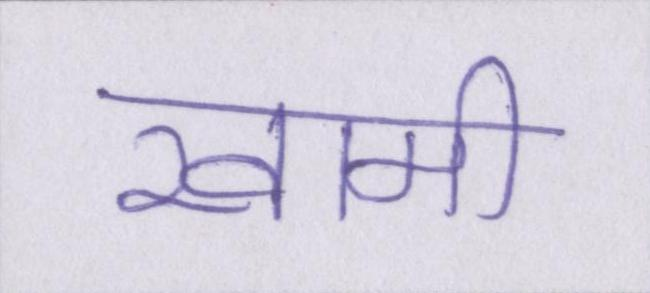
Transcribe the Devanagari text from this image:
खामी